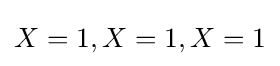
X=1,X=1,X=1